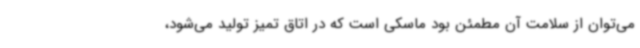
می‌توان از سلامت آن مطمئن بود ماسکی است که در اتاق تمیز تولید می‌شود،